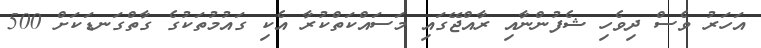
އަހަރު ވެސް ދިވެހި ޝެފުންނާއި ރާއްޖޭގައި މަސައްކަތްކުރާ އެކި ގައުމުތަކުގެ ގާތްގަނޑަކަށް 500